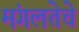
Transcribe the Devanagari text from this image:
मंगलतेचे